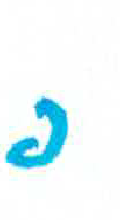
אות: פ